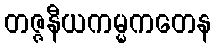
တဇ္ဇနီယကမ္မကတေန